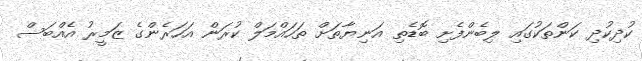
ކުދިކުދި ކަންތަކުގައި ލިބެންފެށި ބޮޑެތި އަނިޔާތަށް ތަހައްމަލް ކުރަން އަހަރެންގެ ޒަމީރު އެއްބަސް